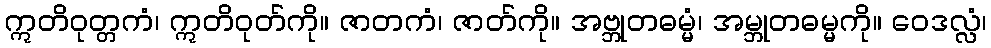
ဣတိဝုတ္တကံ၊ ဣတိဝုတ်ကို။ ဇာတကံ၊ ဇာတ်ကို။ အဗ္ဘုတဓမ္မံ၊ အမ္ဘုတဓမ္မကို။ ဝေဒလ္လံ၊